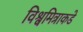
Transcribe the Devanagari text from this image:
विश्वमित्राकडे